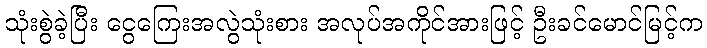
သုံးစွဲခဲ့ပြီး ငွေကြေးအလွဲသုံးစား အလုပ်အကိုင်အားဖြင့် ဦးခင်မောင်မြင့်က